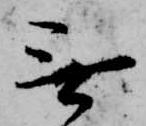
無